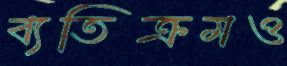
ব্যতিক্রমও